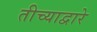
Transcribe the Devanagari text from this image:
तीच्याद्वारे